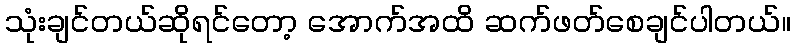
သုံးချင်တယ်ဆိုရင်တော့ အောက်အထိ ဆက်ဖတ်စေချင်ပါတယ်။